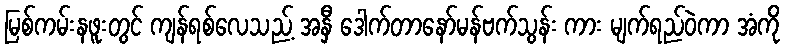
မြစ်ကမ်းနဖူးတွင် ကျန်ရစ်လေသည့် အနှီ ဒေါက်တာနော်မန်ဗက်သွန်း ကား မျက်ရည်ဝဲကာ အံကို